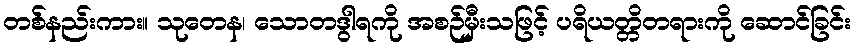
တစ်နည်းကား။ သုတေန၊ သောတဒွါရကို အစဉ်မှီးသဖြင့် ပရိယတ္တိတရားကို ဆောင်ခြင်း